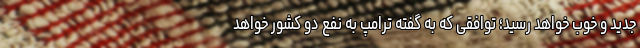
جدید و خوب خواهد رسید؛ توافقی که به گفته ترامپ به نفع دو کشور خواهد